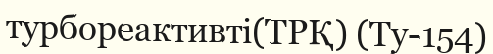
турбореактивті(ТРҚ) (Ту-154)